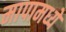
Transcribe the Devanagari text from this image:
मापामध्ये